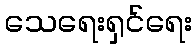
သေရေးရှင်ရေး